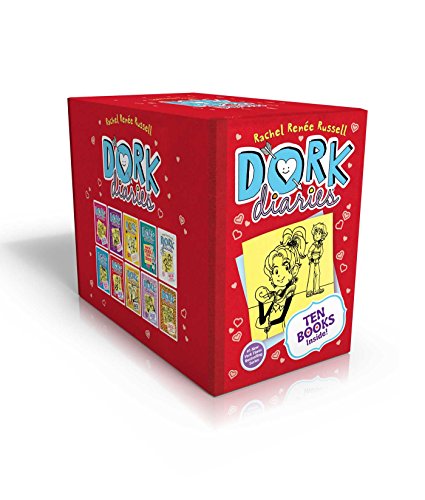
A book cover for Dork Diaries Box Set (Ten Books Inside!): Dork Diaries; Dork Diaries 2; Dork Diaries 3; Dork Diaries 3 1/2; Dork Diaries 4; Dork Diaries 5; Dork ... Diaries 7; Dork Diaries 8; Dork Diaries 9; Rachel RenÃ©e Russell; Children's Books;